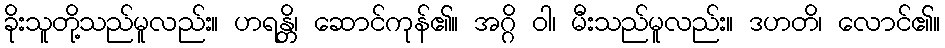
ခိုးသူတို့သည်မူလည်း။ ဟရန္တိ၊ ဆောင်ကုန်၏။ အဂ္ဂိ ဝါ၊ မီးသည်မူလည်း။ ဒဟတိ၊ လောင်၏။